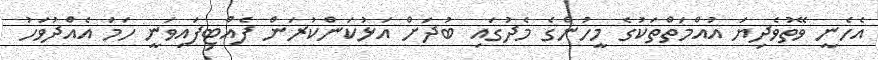
އެހެނީ ވޭތުވެދިޔަ އުއްމަތްތަކުގެ މީހުންގެ މެދުގައި ބުދަށް އަޅުކަންކުރަން ފެއްޓިފައިވަނީ ހަމަ އެއްދުވަހު